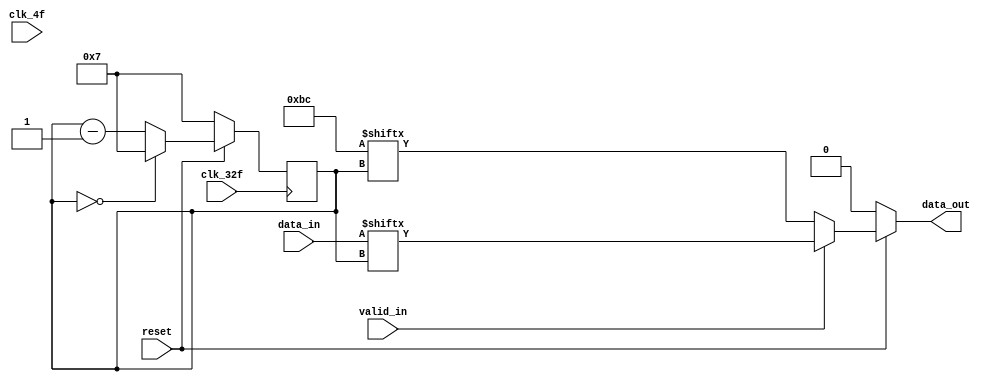
module Paralelo_Serial(
    input [7:0] data_in,
    input clk_4f, clk_32f, valid_in, reset,
    output reg data_out);

    reg [7:0] data2send, contador;

    always @ (*) begin
        data2send = 0;
        data_out = 0;
        if (reset == 0) begin
            data2send = 0;
            data_out = 0;
        end
        else if (valid_in == 0) begin
            data2send = 'hBC;
            data_out = data2send[contador];
        end
        else if (valid_in == 1) begin
            data2send = data_in;
            data_out = data2send[contador];
        end
    end

    always @(posedge clk_32f) begin
         if (reset == 0) begin
            contador <= 7;
        end
        else if (contador == 0) begin
            contador <= 7;
        end
        else begin
            contador <= contador - 1;
        end      
    end
endmodule